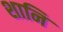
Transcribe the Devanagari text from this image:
शानि